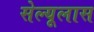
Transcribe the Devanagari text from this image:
सेल्यूलास